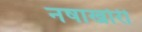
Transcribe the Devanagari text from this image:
नषाखोरी